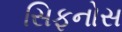
સિફનોસ